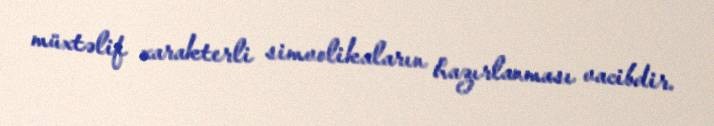
müxtəlif xarakterli simvolikaların hazırlanması vacibdir.